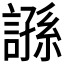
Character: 𧪾